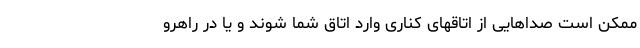
ممکن است صداهایی از اتاقهای کناری وارد اتاق شما شوند و یا در راهرو